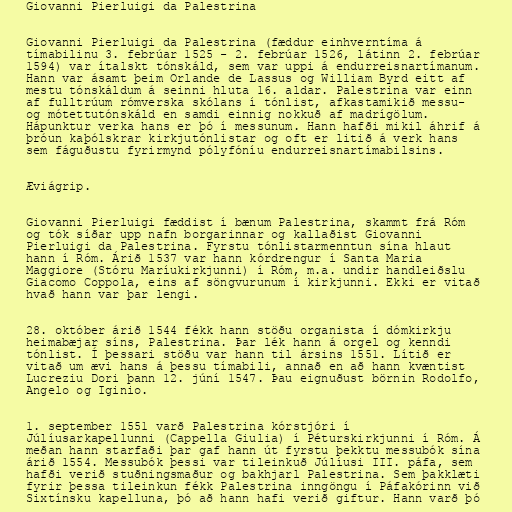
Giovanni Pierluigi da Palestrina

Giovanni Pierluigi da Palestrina (fæddur einhverntíma á
tímabilinu 3. febrúar 1525 - 2. febrúar 1526, látinn 2. febrúar
1594) var ítalskt tónskáld, sem var uppi á endurreisnartímanum.
Hann var ásamt þeim Orlande de Lassus og William Byrd eitt af
mestu tónskáldum á seinni hluta 16. aldar. Palestrina var einn
af fulltrúum rómverska skólans í tónlist, afkastamikið messu-
og mótettutónskáld en samdi einnig nokkuð af madrígölum.
Hápunktur verka hans er þó í messunum. Hann hafði mikil áhrif á
þróun kaþólskrar kirkjutónlistar og oft er litið á verk hans
sem fáguðustu fyrirmynd pólyfóníu endurreisnartímabilsins.

Æviágrip.

Giovanni Pierluigi fæddist í bænum Palestrina, skammt frá Róm
og tók síðar upp nafn borgarinnar og kallaðist Giovanni
Pierluigi da Palestrina. Fyrstu tónlistarmenntun sína hlaut
hann í Róm. Árið 1537 var hann kórdrengur í Santa Maria
Maggiore (Stóru Maríukirkjunni) í Róm, m.a. undir handleiðslu
Giacomo Coppola, eins af söngvurunum í kirkjunni. Ekki er vitað
hvað hann var þar lengi.

28. október árið 1544 fékk hann stöðu organista í dómkirkju
heimabæjar síns, Palestrina. Þar lék hann á orgel og kenndi
tónlist. Í þessari stöðu var hann til ársins 1551. Lítið er
vitað um ævi hans á þessu tímabili, annað en að hann kvæntist
Lucreziu Dori þann 12. júní 1547. Þau eignuðust börnin Rodolfo,
Angelo og Iginio.

1. september 1551 varð Palestrina kórstjóri í
Júlíusarkapellunni (Cappella Giulia) í Péturskirkjunni í Róm. Á
meðan hann starfaði þar gaf hann út fyrstu þekktu messubók sína
árið 1554. Messubók þessi var tileinkuð Júlíusi III. páfa, sem
hafði verið stuðningsmaður og bakhjarl Palestrina. Sem þakklæti
fyrir þessa tileinkun fékk Palestrina inngöngu í Páfakórinn við
Sixtínsku kapelluna, þó að hann hafi verið giftur. Hann varð þó